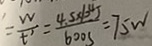
= \frac { W } { t ^ { 1 } } = \frac { 4 . 5 \times 1 0 ^ { 4 } J } { 6 0 0 s } = 7 5 w